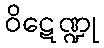
ဝိဋေဏ္ဍု